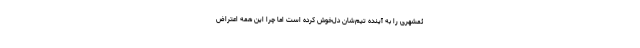
ئمشهری را به آینده تیم‌شان دل‌خوش کرده است اما چرا این همه اعتراض